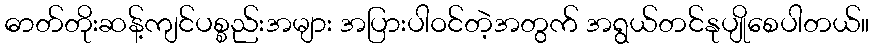
ဓာတ်တိုးဆန့်ကျင်ပစ္စည်းအများ အပြားပါဝင်တဲ့အတွက် အရွယ်တင်နုပျိုစေပါတယ်။